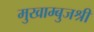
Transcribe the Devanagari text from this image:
मुखाम्बुजश्री